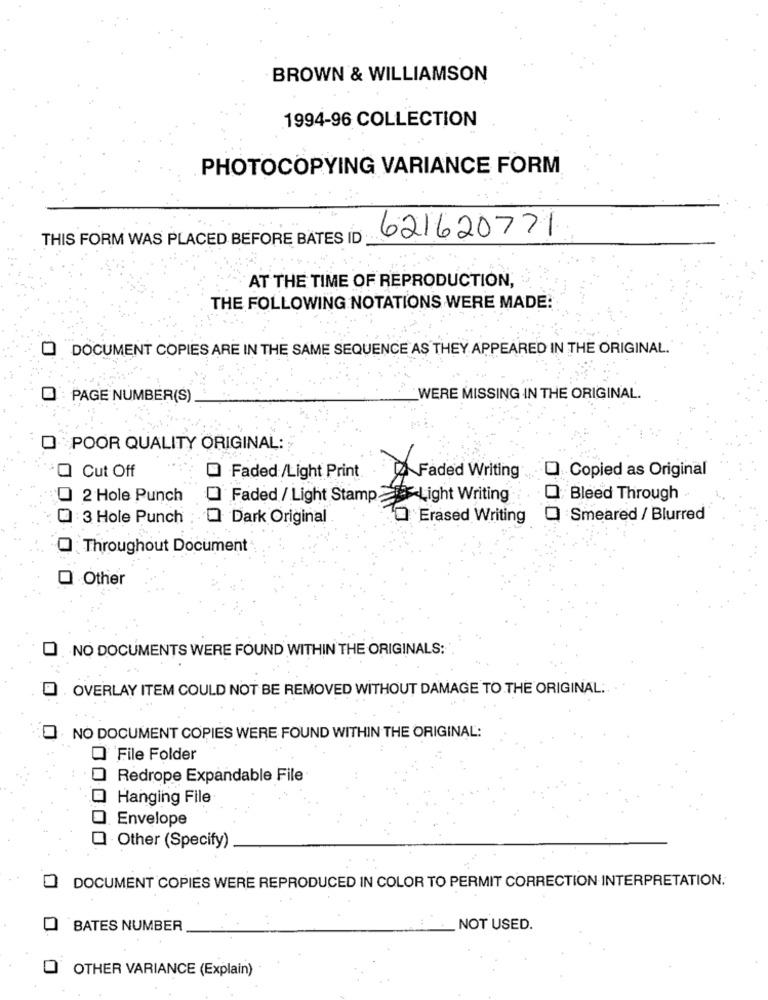
BROWN & WILLIAMSON
1994-96 COLLECTION
PHOTOCOPYING VARIANCE FORM
THIS FORM WAS PLACED BEFORE BATES ID
621620771
AT THE TIME OF REPRODUCTION,
THE FOLLOWING NOTATIONS WERE MADE:
DOCUMENT COPIES ARE IN THE SAME SEQUENCE AS THEY APPEARED IN THE ORIGINAL.
O PAGE NUMBER(S)
WERE MISSING IN THE ORIGINAL.
O POOR QUALITY ORIGINAL:
Q Cut Off
Faded /Light Print
Faded Writing
Q Copied as Original
O 2 Hole Punch
Faded / Light Stamp><Light Writing
Bleed Through
3 Hole Punch
Dark Original
O Erased Writing
O Smeared / Blurred
Throughout Document
Other
.NO DOCUMENTS WERE FOUND WITHIN THE ORIGINALS:
0
OVERLAY ITEM COULD NOT BE REMOVED WITHOUT DAMAGE TO THE ORIGINAL ..
NO DOCUMENT COPIES WERE FOUND WITHIN THE ORIGINAL:
O File Folder
Redrope Expandable File
Hanging File
Envelope
Other (Specify)
DOCUMENT COPIES WERE REPRODUCED IN COLOR TO PERMIT CORRECTION INTERPRETATION.
0
BATES NUMBER
NOT USED.
O OTHER VARIANCE (Explain)